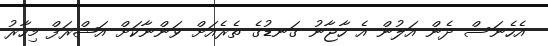
އެހެނަސް ދެން އަލުން އެ ހާޖާނު ގަނޑުގެ ތެރެއަށް ވަންނާކަށް އަޝްރަފް މިހާރު